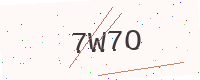
Text: 7W7O